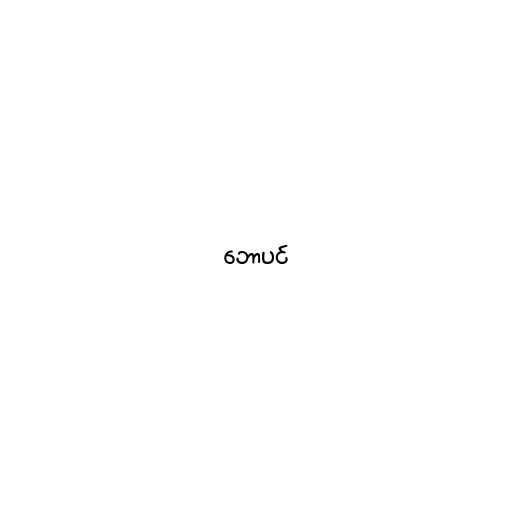
ဘောပင်